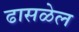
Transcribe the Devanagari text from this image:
ढासळेल